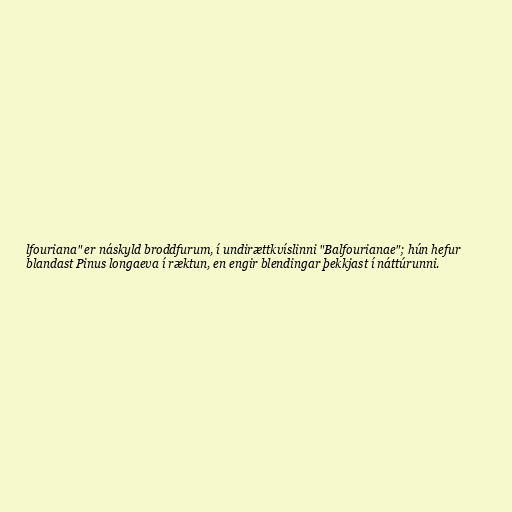
lfouriana" er náskyld broddfurum, í undirættkvíslinni "Balfourianae"; hún hefur
blandast Pinus longaeva í ræktun, en engir blendingar þekkjast í náttúrunni.